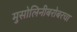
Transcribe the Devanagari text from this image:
मुसोलिनीबरोबरचा